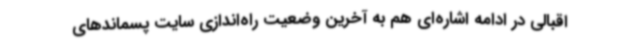
اقبالی در ادامه اشاره‌ای هم به آخرین وضعیت راه‌اندازی سایت پسماندهای